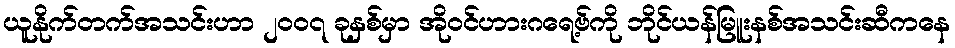
ယူနိုက်တက်အသင်းဟာ ၂၀၀၇ ခုနှစ်မှာ အိုဝင်ဟားဂရေ့ဗ်ကို ဘိုင်ယန်မြူးနစ်အသင်းဆီကနေ